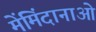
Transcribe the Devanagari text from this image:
मेंमिंदानाओ